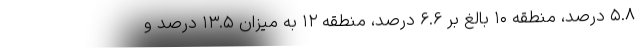
۵.۸ درصد، منطقه ۱۰ بالغ بر ۶.۶ درصد، منطقه ۱۲ به میزان ۱۳.۵ درصد و